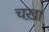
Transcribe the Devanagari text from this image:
चख़ा